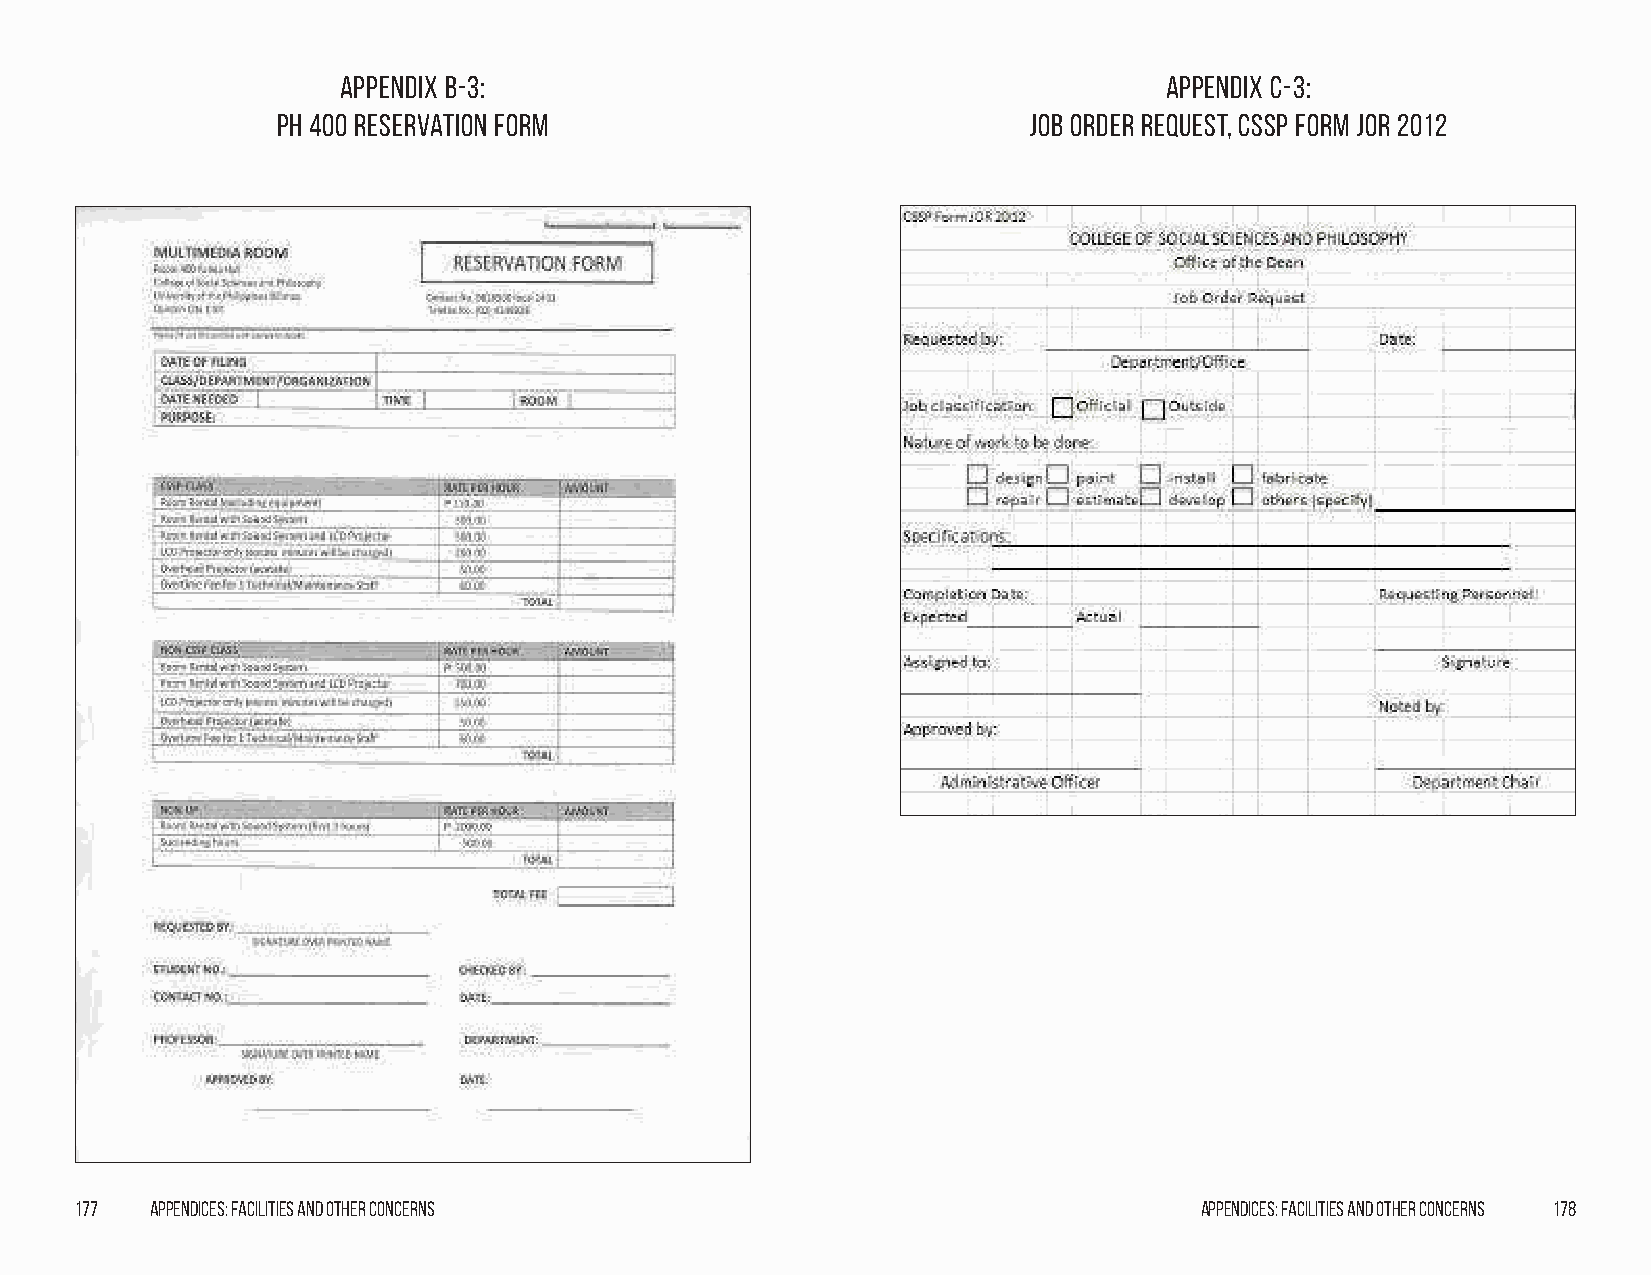
Appendix B-3:                                         Appendix C-3:
 PH 400 Reservation Form                           Job Order Request, CSSP Form JOR 2012
 177  Appendices: Facilities and Other Concerns                            Appendices: Facilities and Other Concerns 178